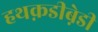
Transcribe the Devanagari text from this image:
हथक़डीब़ेडी